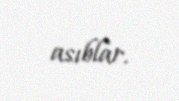
asıblar.